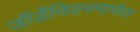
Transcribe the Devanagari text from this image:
जॉर्डेनियनमार्फत